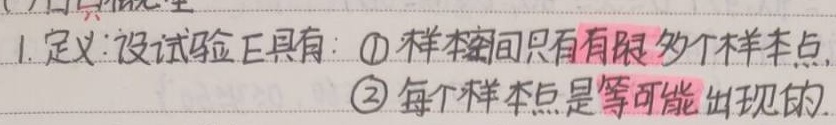
1. 定义：设试验 \(E\) 具有：\(\textcircled{1}\) 样本空间只有有限多个样本点；\(\textcircled{2}\) 每个样本点是等可能出现的。